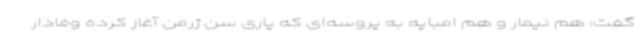
گفت: هم نیمار و هم امباپه به پروسه‌ای که پاری سن ژرمن آغاز کرده وفادار